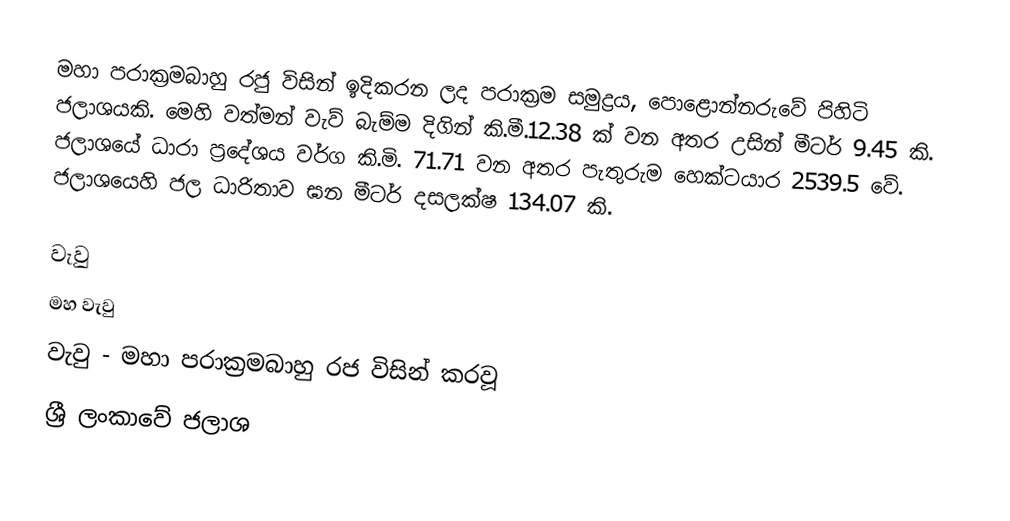
මහා පරාක්‍රමබාහු රජු විසින් ඉදිකරන ලද පරාක්‍රම සමුද්‍රය, පොළොන්නරුවේ පිහිටි ජලාශයකි. මෙහි වත්මන් වැව් බැම්ම දිගින් කි.මී.12.38 ක් වන අතර උසින් මීටර් 9.45 කි. ජලාශයේ ධාරා ප්‍රදේශය වර්ග කි.මි. 71.71 වන අතර පැතුරුම හෙක්ටයාර 2539.5 වේ. ජලාශයෙහි ජල ධාරිතාව ඝන මීටර් දසලක්ෂ 134.07 කි.

වැවු
මහ වැවු
වැවු - මහා පරාක්‍රමබාහු රජ  විසින් කරවූ
ශ්‍රී ලංකාවේ ජලාශ